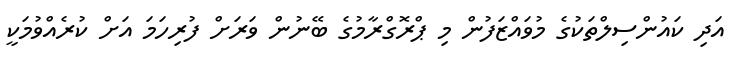
އަދި ކައުންސިލްތަކުގެ މުވައްޒަފުން މި ޕްރޮގްރާމުގެ ބޭނުން ވަރަށް ފުރިހަމަ އަށް ކުރެއްވުމަކީ